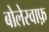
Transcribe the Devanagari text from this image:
बोलेस्वाफ़